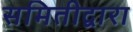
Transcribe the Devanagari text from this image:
समितीद्वारा